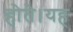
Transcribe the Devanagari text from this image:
होते।यह